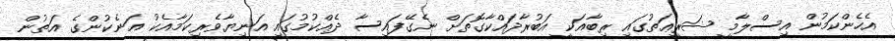
އެހެންކަމުން އިސްލާމީ ޝަރީޢަތުގައި ރިބާއަކީ އަބުރާދައްކާގޮތަށް ނެގޭފައިސާ ދެއްކުމުގައި އަނިޔާވެރިކަމާއެކު އަނެކުންގެ އަތުން